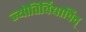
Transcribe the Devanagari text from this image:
ज्योतिर्विद्याविद्